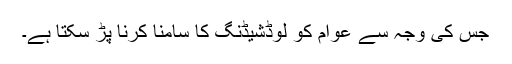
جس کی وجہ سے عوام کو لوڈشیڈنگ کا سامنا کرنا پڑ سکتا ہے۔